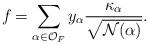
LaTeX: \begin{align*}f_{} = \sum_{\alpha\in \mathcal{O}_F} y_\alpha \frac{\kappa_{\alpha}}{\sqrt{\mathcal{N}(\alpha)}}. \end{align*}